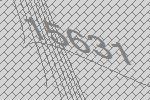
15631